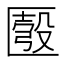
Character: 𠥚